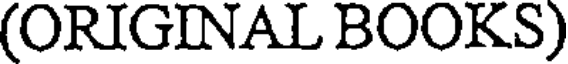
(ORIGINAL BOOKS)